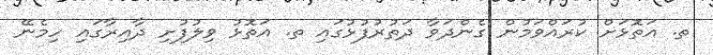
ތ. އަތޮޅަށް ކުރައްވަމުން ގެންދަވާ ދަތުރުފުޅުގައި ތ. އަތޮޅު ވިލުފުށި ދާއިރާގައި ހިމެނޭ